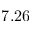
7 . 2 6